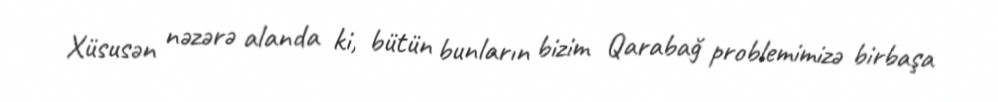
Xüsusən nəzərə alanda ki, bütün bunların bizim Qarabağ problemimizə birbaşa